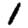
Digit: 1